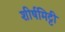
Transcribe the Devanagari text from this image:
शीर्षमिट्टी